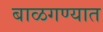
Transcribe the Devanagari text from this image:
बाळगण्यात